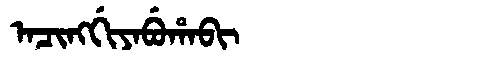
Manchu: ᠠᠴᡳᠩᡤᡳᠶᠠᠪᡠᡥᠠᠪᡳ
Romanization: ACINGGIYABUHABI